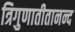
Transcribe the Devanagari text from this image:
त्रिगुणातीतानन्द